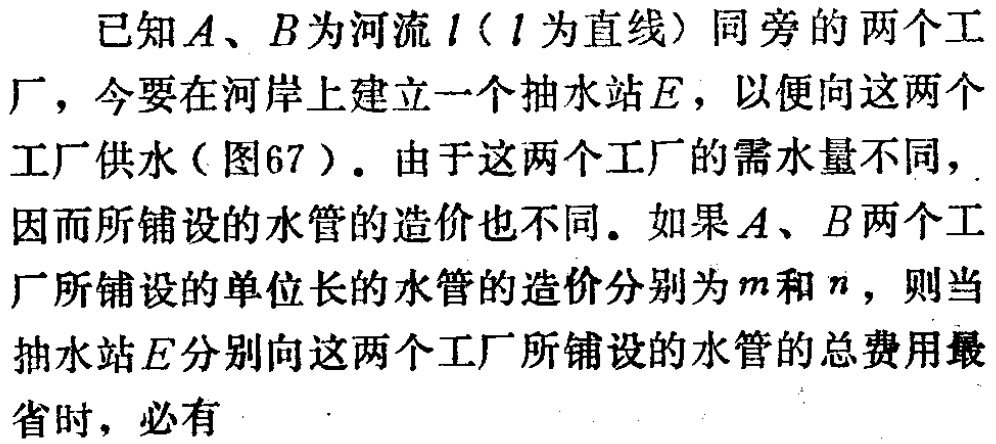
已知\(A、B\)为河流\(l\)（\(l\)为直线）同旁的两个工厂，今要在河岸上建立一个抽水站\(E\)，以便向这两个工厂供水（图67）。由于这两个工厂的需水量不同，因而所铺设的水管的造价也不同。如果\(A、B\)两个工厂所铺设的单位长的水管的造价分别为\(m\)和\(n\)，则当抽水站\(E\)分别向这两个工厂所铺设的水管的总费用最省时，必有